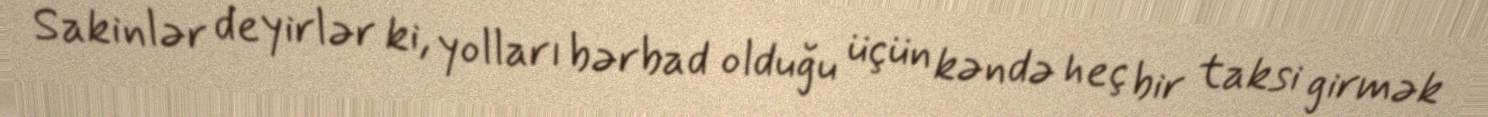
Sakinlər deyirlər ki, yolları bərbad olduğu üçün kəndə heç bir taksi girmək